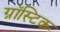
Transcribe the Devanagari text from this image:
ग्नॉस्टिक